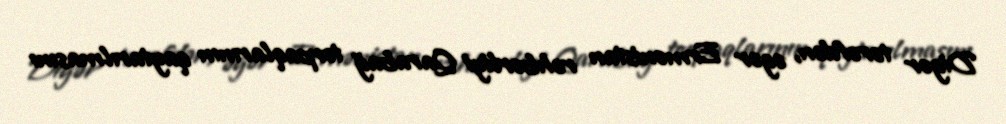
Digər tərəfdən, əgər Ermənistan rəhbərliyi Qarabağ torpaqlarının qaytarılmasını